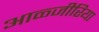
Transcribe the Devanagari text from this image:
आळ्जीरिया